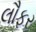
લૌફર